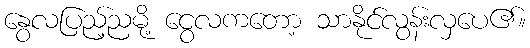
နွေလပြည့်ညမို့ ငွေလကတော့ သာနိုင်လွန်းလှပေ၏။